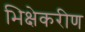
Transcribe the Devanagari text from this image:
भिक्षेकरीण